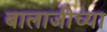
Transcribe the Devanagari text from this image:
बालाजीच्या